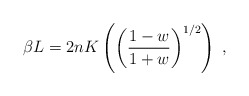
\begin{align*}\beta L=2nK\left(\left(\frac{1-w}{1+w}\right)^{1/2}\right)\;,\end{align*}